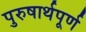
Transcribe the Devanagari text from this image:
पुरुषार्थपूर्ण